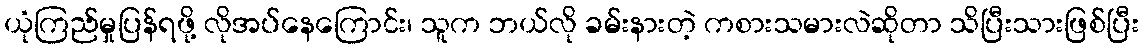
ယုံကြည်မှုပြန်ရဖို့ လိုအပ်နေကြောင်း၊ သူက ဘယ်လို ခမ်းနားတဲ့ ကစားသမားလဲဆိုတာ သိပြီးသားဖြစ်ပြီး